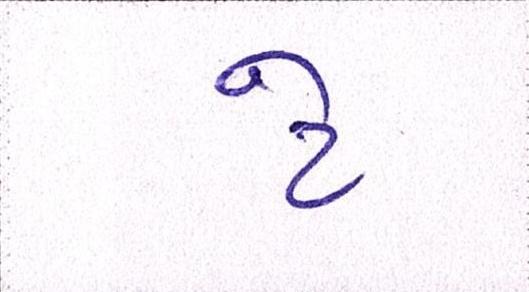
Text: ટે